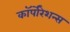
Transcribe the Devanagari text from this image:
कॉर्पोरेशन्‍स